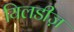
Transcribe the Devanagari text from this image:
यिलडीज़